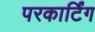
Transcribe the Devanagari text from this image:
परकार्टिंग